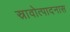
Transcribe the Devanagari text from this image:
स्रावोत्पादनास